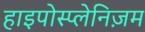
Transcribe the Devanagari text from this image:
हाइपोस्प्लेनिज़म